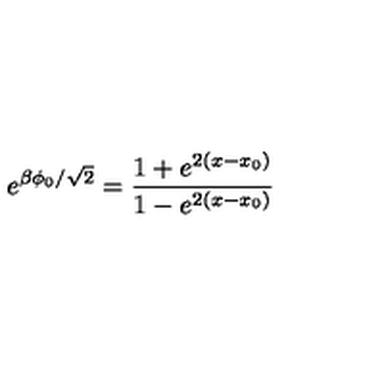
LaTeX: e ^ { \beta \phi _ { 0 } / \sqrt { 2 } } = \frac { 1 + e ^ { 2 ( x - x _ { 0 } ) } } { 1 - e ^ { 2 ( x - x _ { 0 } ) } }